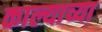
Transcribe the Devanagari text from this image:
काल्याच्या